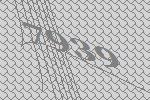
7939